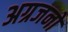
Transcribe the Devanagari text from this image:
अग्रजनों